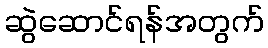
ဆွဲဆောင်ရန်အတွက်